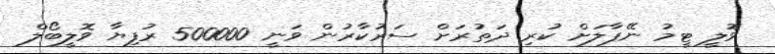
ވޮލީ ޓީމު ނޭޕާލަށް ކުރި ދަތުރަށް ސަރުކާރުން ވަނީ 500000 ރުފިޔާ ވޮލީބޯލް